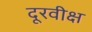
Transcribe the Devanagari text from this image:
दूरवीक्ष